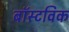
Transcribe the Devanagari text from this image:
बॉस्टविक